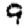
Digit: 9